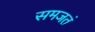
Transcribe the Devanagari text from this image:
समजतं